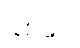
နှစ်ပေ